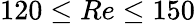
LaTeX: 120\leq Re\leq 150